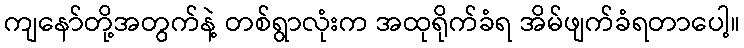
ကျနော်တို့အတွက်နဲ့ တစ်ရွာလုံးက အထုရိုက်ခံရ အိမ်ဖျက်ခံရတာပေါ့။